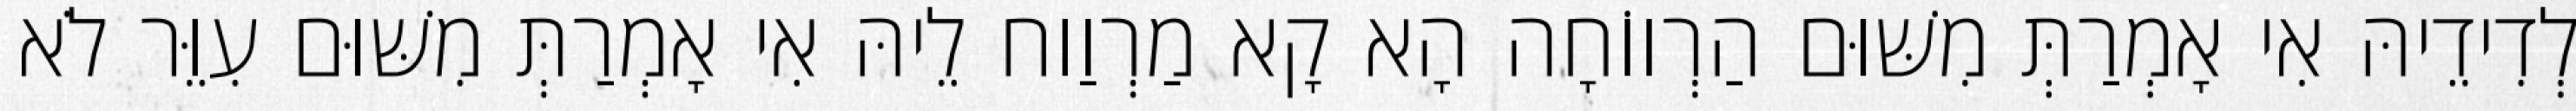
לְדִידֵיהּ אִי אָמְרַתְּ מִשּׁוּם הַרְווֹחָה הָא קָא מַרְוַוח לֵיהּ אִי אָמְרַתְּ מִשּׁוּם עִוֵּר לֹא